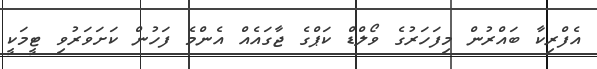
އެފްރިކާ ބައްރުން މިފަހަރުގެ ވޯލްޑް ކަޕްގެ ޖާގައެއް އެންމެ ފަހުން ކަށަވަރުވި ޓީމަކީ